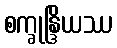
စက္ခုန္ဒြိယဿ